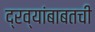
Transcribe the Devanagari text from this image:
द्रव्यांबाबतची